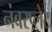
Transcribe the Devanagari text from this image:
नंबरप्लेट